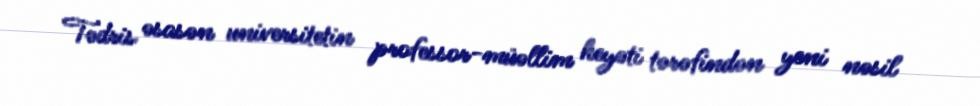
Tədris əsasən universitetin professor-müəllim heyəti tərəfindən yeni nəsil